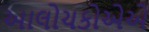
આલોચકોએએ